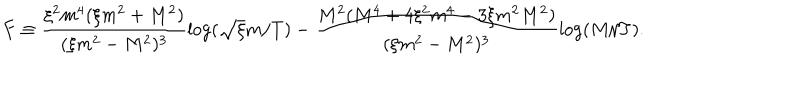
F \equiv \frac { \xi ^ { 2 } m ^ { 4 } ( \xi m ^ { 2 } + M ^ { 2 } ) } { ( \xi m ^ { 2 } - M ^ { 2 } ) ^ { 3 } } \log ( \sqrt { \xi } m / T ) - \frac { M ^ { 2 } ( M ^ { 4 } + 4 \xi ^ { 2 } m ^ { 4 } - 3 \xi m ^ { 2 } M ^ { 2 } ) } { ( \xi m ^ { 2 } - M ^ { 2 } ) ^ { 3 } } \log ( M / T ) .